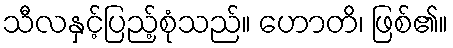
သီလနှင့်ပြည့်စုံသည်။ ဟောတိ၊ ဖြစ်၏။